Civil Veterinary Department Bengal reports 1933-51 - 1933-1951
Year: 1933
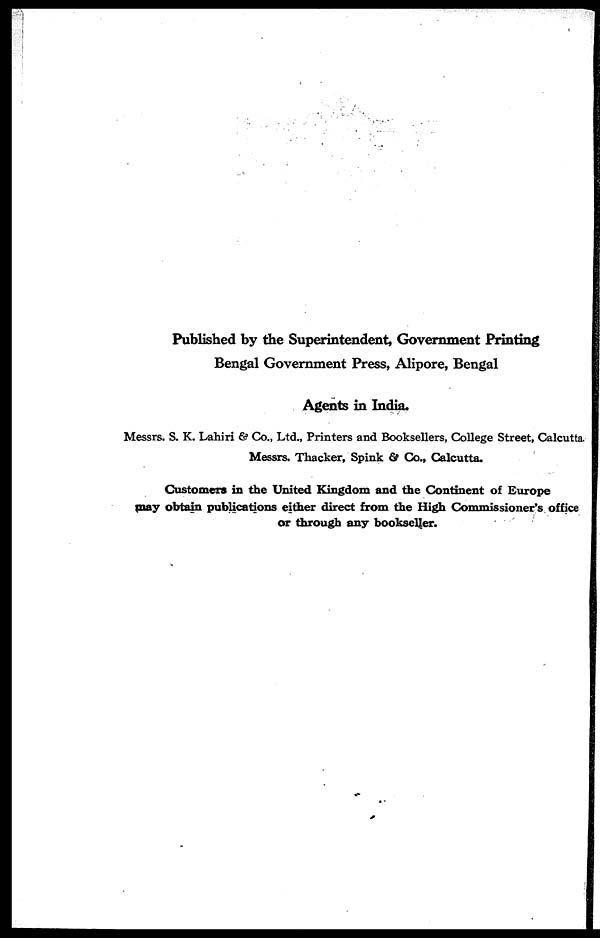
Published by the Superintendent, Government Printing
Bengal Government Press, Alipore, Bengal
Agents in India.
Messrs. S. K. Lahiri & Co., Ltd., Printers and Booksellers, College Street, Calcutta.
Messrs. Thacker, Spink & Co., Calcutta.
Customers in the United Kingdom and the Continent of Europe
may obtain publications either direct from the High Commissioner's office
or through any bookseller.